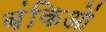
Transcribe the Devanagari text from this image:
बंकिओं